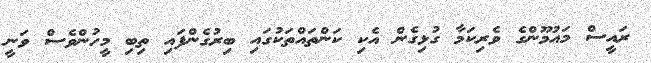
ރައީސް މައުމޫންގެ ވެރިކަމާ ގުޅިގެން އެކި ކަންތައްތަކުގައި ބިރުގެންފައި ތިބި މީހުންވެސް ވަނީ